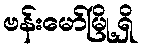
ဗန်းမော်မြို့ရှိ